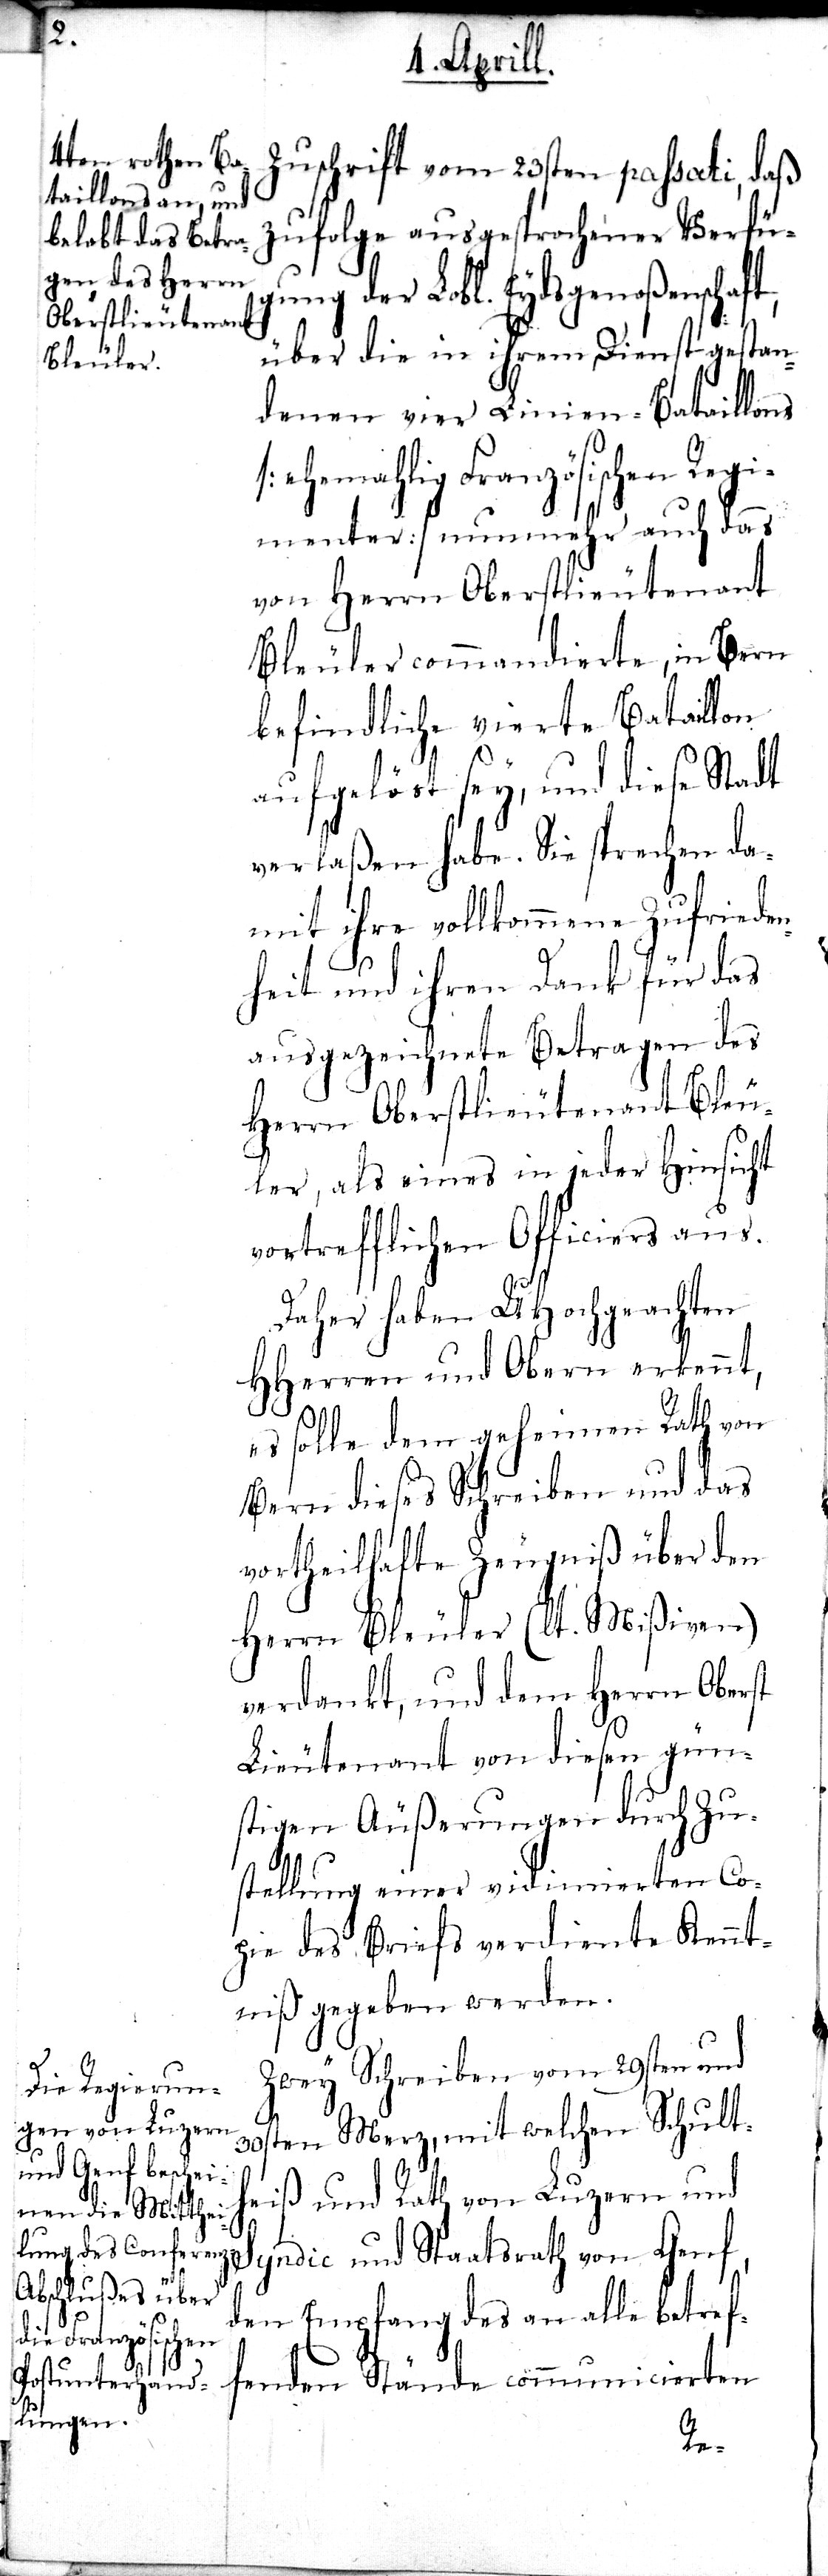
t,

Zuschrift vom 23sten passati, daß
zufolge ausgesprochener Verfüg¬
ung der Lobl. Eydsgenoßenschaf¬
über die in ihrem Dienst gestan¬
denen vier Linien-Bataillons
[ehemahlig Französischen Reg¬
imenter] nunmehr auch das
von Herrn Oberstlieutenant
Bleuler commandierte, in Bern
befindliche vierte Bataillon
aufgelöst sey, und diese Stadt
verlaßen habe. Sie sprechen da¬
mit ihre vollkommene Zufriede¬
nheit und ihren Dank für das
ausgezeichnete Betragen des
Herrn Oberstlieutenant Bleu¬
ler, als eines in jeder Hinsicht
vortrefflichen Officiers aus.
Daher haben UHochgeachten
HHerren und Obern erkannt,
es solle dem geheimen Rath von
Bern dieses Schreiben und das
vortheilhafte Zeugniß über den
Herrn Bleuler (lt. Mißiven)
verdankt, und dem Herrn Oberst
Lieutenant von diesen gün¬
stigen Äußerungen durch Zu¬
stellung einer vidimierten Co¬
pie des Briefs verdiente Kennt¬
niß gegeben werden.
Zwey Schreiben vom 29sten und
30sten Merz, mit welchen Schult¬
heiß und Rath von Luzern und
Syndic und Staatsrath von Genf,
den Empfang des an alle betref¬
fenden Stände communicierten